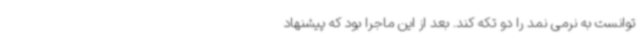
توانست به نرمی نمد را دو تکه کند. بعد از این ماجرا بود که پیشنهاد